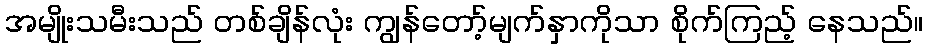
အမျိုးသမီးသည် တစ်ချိန်လုံး ကျွန်တော့်မျက်နှာကိုသာ စိုက်ကြည့် နေသည်။